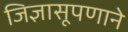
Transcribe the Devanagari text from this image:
जिज्ञासूपणाने